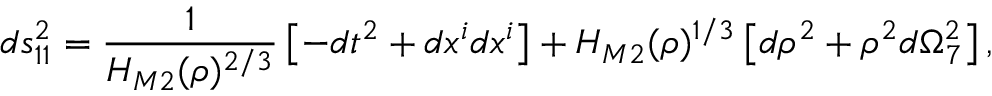
d s _ { 1 1 } ^ { 2 } = \frac { 1 } { H _ { M 2 } ( \rho ) ^ { 2 / 3 } } \left[ - d t ^ { 2 } + d x ^ { i } d x ^ { i } \right] + H _ { M 2 } ( \rho ) ^ { 1 / 3 } \left[ d \rho ^ { 2 } + \rho ^ { 2 } d \Omega _ { 7 } ^ { 2 } \right] ,